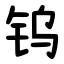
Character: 钨